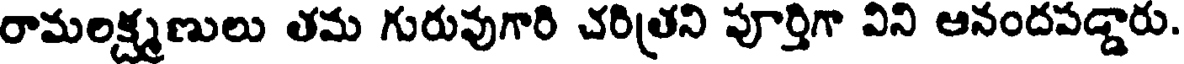
రామలక్ష్మణులు తమ గురువుగారి చరిత్రని పూర్తిగా విని ఆనందపడ్డారు.